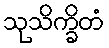
သုသိက္ခိတံ